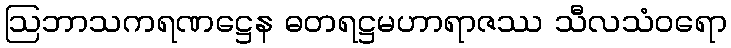
ဩဘာသကရဏဋ္ဌေန ဓတရဋ္ဌမဟာရာဇဿ သီလသံဝရော